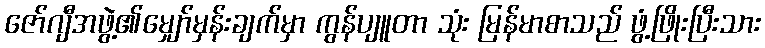
ဇော်ဂျီအဖွဲ့၏မျှော်မှန်းချက်မှာ ကွန်ပျူတာ သုံး မြန်မာစာသည် ဖွံ့ဖြိုးပြီးသား